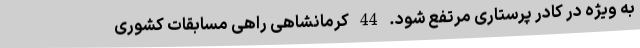
به ویژه در کادر پرستاری مرتفع شود. 44 کرمانشاهی راهی مسابقات کشوری